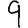
Digit: 9